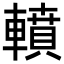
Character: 轒